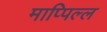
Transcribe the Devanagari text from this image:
माप्पिल्ल